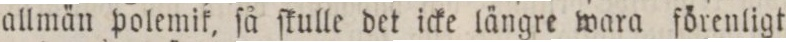
allmän polemik, ſå ſkulle det icke längre wara förenligt